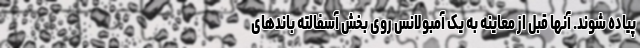
پیاده شوند. آنها قبل از معاینه به یک آمبولانس روی بخش آسفالته باندهای